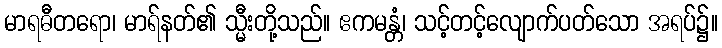
မာရဓီတရော၊ မာရ်နတ်၏ သ္မီးတို့သည်။ ဧကမန္တံ၊ သင့်တင့်လျောက်ပတ်သော အရပ်၌။